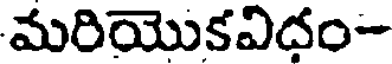
మరియొకవిదం-